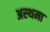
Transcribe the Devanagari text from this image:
अस्‍थमा